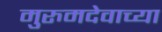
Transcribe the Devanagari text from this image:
मुरुमदेवाच्या